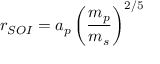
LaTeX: r _ { S O I } = a _ { p } \left( { \frac { m _ { p } } { m _ { s } } } \right) ^ { 2 / 5 }